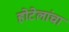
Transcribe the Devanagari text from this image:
होटेलांचा